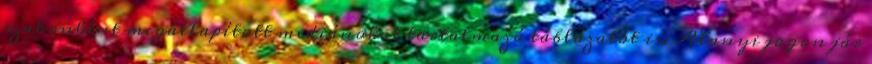
szakonként megállapított mediánokat tartalmazó táblázatot is. Alanyi jogon jár